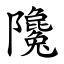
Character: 䧯